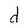
Character: d